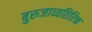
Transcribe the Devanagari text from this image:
बुरुजाव्यतिरिक्त